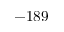
- 1 8 9